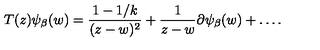
T ( z ) \psi _ { \beta } ( w ) = \frac { 1 - 1 / k } { ( z - w ) ^ { 2 } } + \frac { 1 } { z - w } \partial \psi _ { \beta } ( w ) + \ldots .